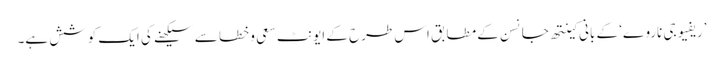
’ریفیوجی ناروے‘ کے بانی کینتھ جانسن کے مطابق اس طرح کے ایونٹ سعی و خطا سے سیکھنے کی ایک کوشش ہے۔